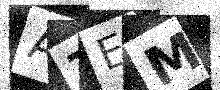
Text: AZEM